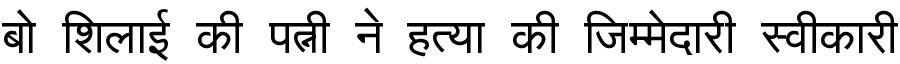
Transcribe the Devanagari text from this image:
बो शिलाई की पत्नी ने हत्या की जिम्मेदारी स्वीकारी